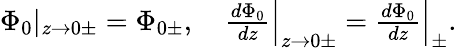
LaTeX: \begin{array}{r}{{\Phi}_{0}|_{z\to 0\pm}={\Phi}_{0\pm},\quad\frac{d{\Phi}_{0}}{dz}\Big|_{z\to 0\pm}=\frac{d{\Phi}_{0}}{dz}\Big|_{\pm}.}\end{array}